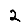
Digit: 2